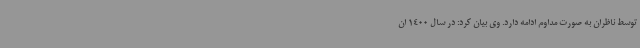
توسط ناظران به صورت مداوم ادامه دارد. وی بیان کرد: در سال 1400 ان